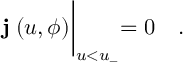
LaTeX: { \bf j ^ { \alpha } } ( u , \phi ) \biggl | _ { u < u _ { - } } = 0 \quad .